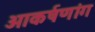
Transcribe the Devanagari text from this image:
आकर्षणांग